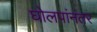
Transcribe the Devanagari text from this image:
घोलपांनंतर